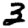
Digit: 3